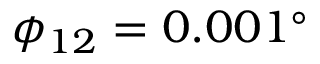
\phi _ { 1 2 } = 0 . 0 0 1 ^ { \circ }